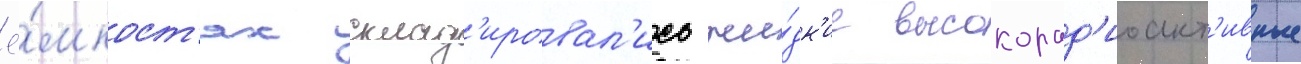
ё́мкост'ях склад'ировал'ись жи́дк'ие высокорад'иоакт'ивные